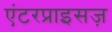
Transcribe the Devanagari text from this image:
एंटरप्राइसज़